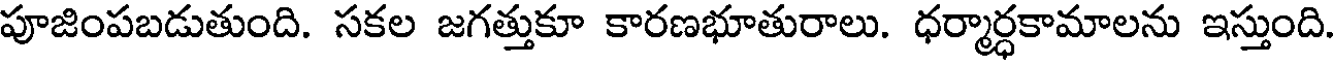
పూజింపబడుతుంది. సకల జగత్తుకూ కారణభూతురాలు. ధర్మార్ధకామాలను ఇస్తుంది.